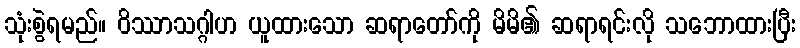
သုံးစွဲရမည်။ ဝိဿာသဂ္ဂါဟ ယူထားသော ဆရာတော်ကို မိမိ၏ ဆရာရင်းလို သဘောထားပြီး